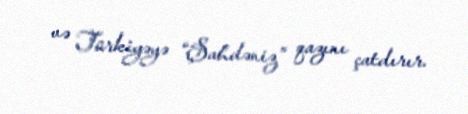
və Türkiyəyə “Şahdəniz” qazını çatdırır.